Civil Veterinary Department. Madras. Admin. report 1910-25 - 1910-1925
Year: 1910
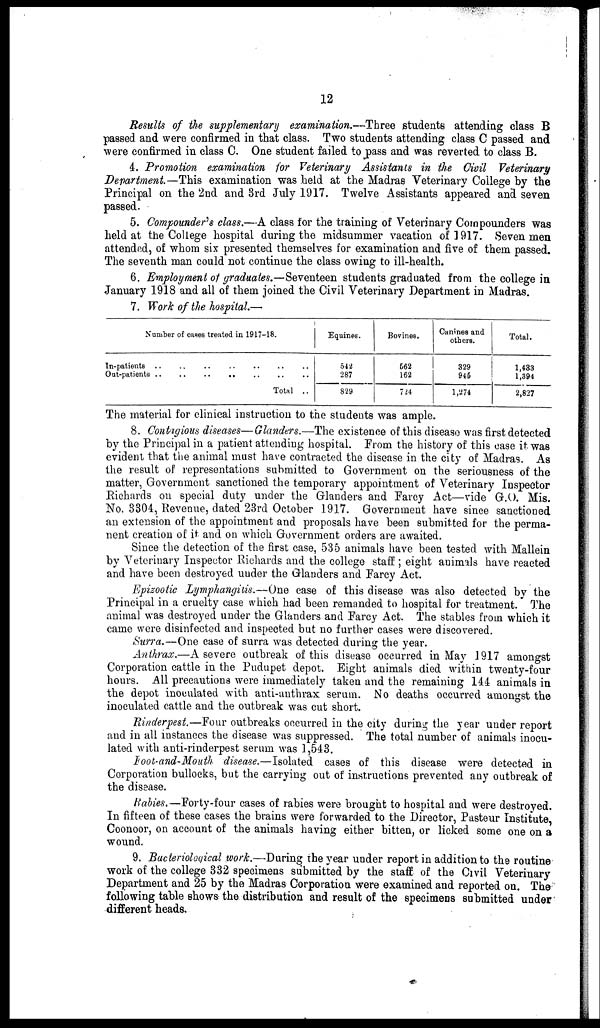
12
Results of the supplementary examination.—Three students attending class B
passed and were confirmed in that class. Two students attending class C passed and
"were confirmed in class C. One student failed to pass and was reverted to class B.
4. Promotion examination for Veterinary Assistants in the Civil Veterinary
Department—This examination was held at the Madras Veterinary College by the
Principal on the 2nd and 3rd July 1917. Twelve Assistants appeared and seven
passed.
5. Compounder's class.—A class for the training of Veterinary Compounders was
held at the College hospital during the midsummer vacation of 1917. Seven men
attended, of whom six presented themselves for examination and five of them passed.
The seventh man could not continue the class owing to ill-health.
6. Employment of graduates.—Seventeen students graduated from the college in
January 1918 and ail of them joined the Civil Veterinary Department in Madras.
7. Work of the hospital.—
Number of cases treated in 1917-18.
In-patients .. .. .. .. .. .. ..
Out-patients .. .. .. .. .. .. ..
Total ..
Equines.
542
287
829
Bovines.
562
162
724
Canines and
others.
329
945
1,274
Total.
1,433
1,394
2,827
The material for clinical instruction to the students was ample.
8. Contagious diseases—Glanders.—The existence of this disease was first detected
by the Principal in a patient attending hospital. Prom the history of this case it was
evident that the animal must have contracted the disease in the city of Madras. As
the result of representations submitted to Government on the seriousness of the
matter, Government sanctioned the temporary appointment of Veterinary Inspector
Richards on special duty under the Glanders and Farcy Act—vide G.O. Mis.
No. 3304, Revenue, dated 23rd October 1917. Government have since sanctioned
an extension of the appointment and proposals have been submitted for the perma-
nent creation of it and on which Government orders are awaited.
Since the detection of the first case, 535 animals have been tested with Mallein
by Veterinary Inspector Richards and the college staff; eight animals have reacted
and have been destroyed under the Glanders and Farcy Act.
Epizootic Lymphangitis.—One case of this disease was also detected by the
Principal in a cruelty case which had been remanded to hospital for treatment." The
animal was destroyed under the Glanders and Farcy Act. The stables from which it
came were disinfected and inspected but no further cases were discovered.
Surra.—One case of surra was detected during the year.
Anthrax.—A severe outbreak of this disease occurred in May 1917 amongst
Corporation cattle in the Pudupet depot. Eight animals died within twenty-four
hours. All precautions were immediately taken and the remaining 144 animals in
the depot inoculated with anti-anthrax serum. No deaths occurred amongst the
inoculated cattle and the outbreak was cut short.
Rinderpest.—Four outbreaks occurred in the city during the year under report
and in all instances the disease was suppressed. The total number of animals inocu-
lated with anti-rinderpest serum was 1,543.
Foot-and-Mouth disease.—Isolated cases of this disease were detected in
Corporation bullocks, but the carrying out of instructions prevented any outbreak of
the disease.
Rabies.—Forty-four cases of rabies were brought to hospital and were destroyed.
In fifteen of these cases the brains were forwarded to the Director, Pasteur Institute,
Coonoor, on account of the animals having either bitten, or licked some one on a
wound.
9. Bacterioleqical work.—During the year under report in addition to the routine
work of the college 332 specimens submitted by the staff of the Civil Veterinary
Department and 25 by the Madras Corporation were examined and reported on. The
following table shows the distribution and result of the specimens submitted under
different heads.